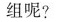
组呢?